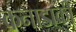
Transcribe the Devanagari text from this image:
कनाडाकी